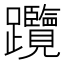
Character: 𨈇